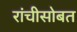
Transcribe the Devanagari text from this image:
रांचीसोबत